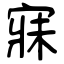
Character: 寐